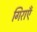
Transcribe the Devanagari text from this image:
गिराएँ